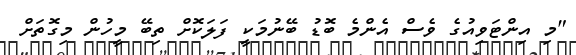
"މި އިންޓަވިއުގެ ވެސް އެންމެ ބޮޑު ބޭނުމަކީ ފަލަކޮށް ތިބޭ މީހުން މިގޮތަށް